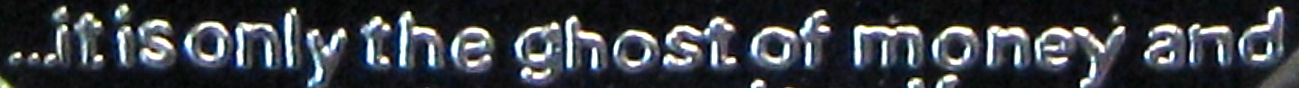
...it is only the ghost of money and